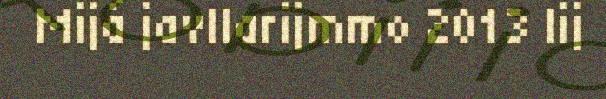
Mijá javllarijmmo 2013 lij